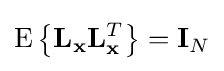
\mathrm {E} \left\{\mathbf {L} _{\mathbf {x} }\mathbf {L} _{\mathbf {x} }^{T}\right\}=\mathbf {I} _{N}